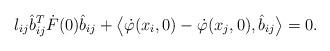
LaTeX: \begin{align*}l_{ij} \hat{b}_{ij}^T \dot{F}(0) \hat{b}_{ij} + \big \langle \dot{\varphi}(x_i,0) - \dot{\varphi}(x_j,0), \hat{b}_{ij} \big \rangle = 0.\end{align*}